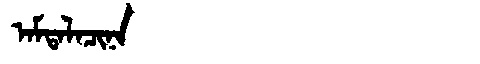
Manchu: ᠠᠮᡨᠠᠯᠠᠴᡳᠨᠠ
Romanization: AMTALACINA